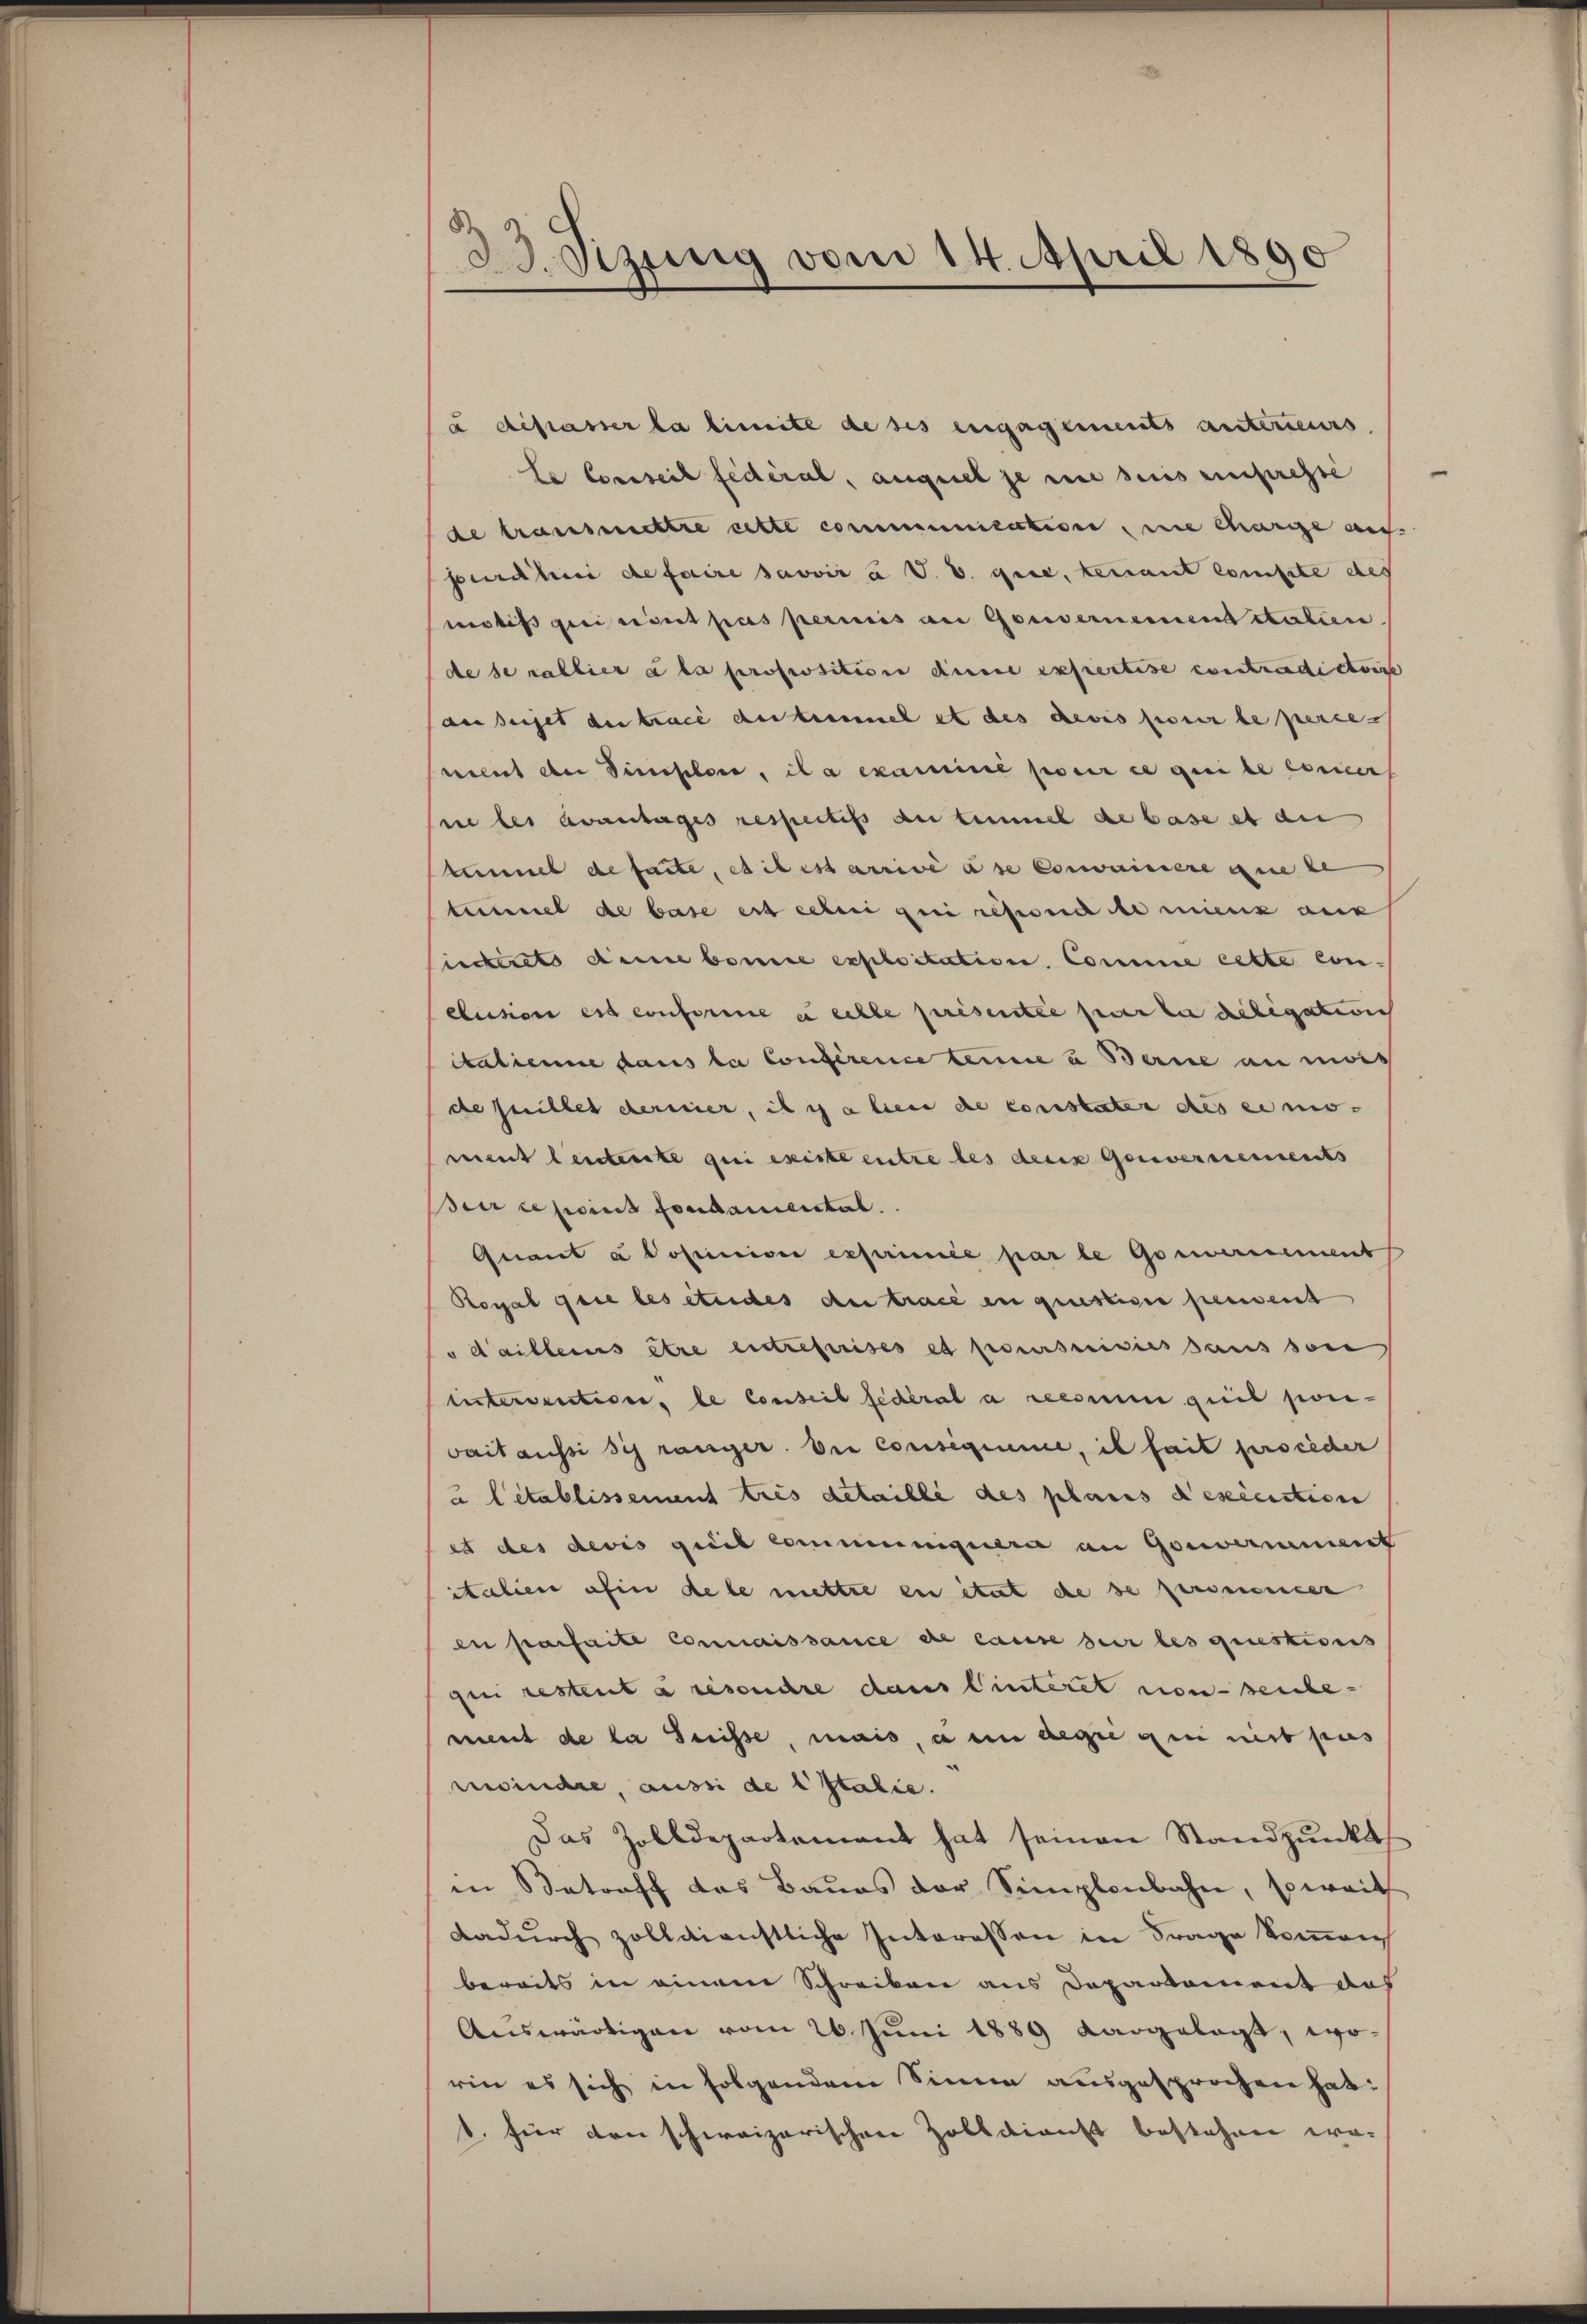
8
23. Sizung vom 14. April 1890

à dépasser la limite de ses engagements anterieurs.
le Conseil fédéral, auquel je nie seis einpresse
de transmettre cette commenmention, wie charige au
serähni de faire savoir à V. B. gese, tenant compte des
vetis gericient pas perinis an Gouvernement stilien.
de se rablier à la proposition diese expertise contradictoire
anseiget du trace destimmel et des devis pour le perce
went der Simositore, il a examine pour ce qui le concer
ne les avantages respectifs au temmel de base et an
tummel de faite, et il est arrive ase Convainiere que le
triessel de base est eben qui resend bemerk auch
ieckerets anne bonne exploitation Comme cette con-
clusion est conforme in echte présentie hier der Religation
atienne dans la Conference leine u Berne au mois
de quillet dernier, il es aber de constater des ermo-
ment leistente qui existe entre des deux Gouvernements
Perce point fondamental.
Quant a Posniver exprimée par le Gomanent
Royal gere les études der tracé en questiger peuvent
"dailleins être entreprises et poursuivies sans soie
tisterventiser, le Conseil fédéral a reeseum puis ponivait aussi si ranger. Die Consequeme, il fait proceder
à l’établissement tres detaille des planes descention
es des devis quit communiquere an Gouvernement
italien afin dele mettre en état de se personender
en parfaite Connaissance de cause sur les questions
qui restent à resenehre dans Winteret von senbe-
ment de la Suisse, mais, a en ange gen nit pas
meindre, aussi de statie.
Das Zolldepartement hat seinen Standpŭnkt
in Betroff das Baues der Simplenbahn, soweit
Dadurch zolldienstliche Interessen in Frage kommen
bereits in einem Schreiben aus Departement des
Auswärtigen vom 26. Juni 1889 dargelegt, worin es sich in folgendem Sinne ausgesprochen hat:
b. für den schweizerischen Zolldienst bestehen wa-